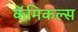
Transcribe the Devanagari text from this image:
कॅमिकल्स